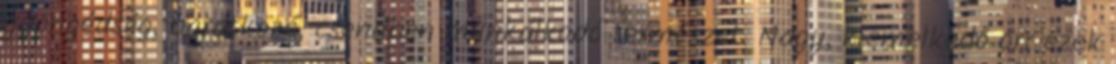
gyöngédség, barátkozó, csendben munkálkodó természet. Nagy, kiemelkedő orr ezek